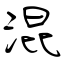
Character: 混